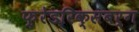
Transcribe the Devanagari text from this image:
फ़्रेडरिक्सबर्ग